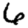
Digit: 6